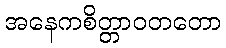
အနေကစိတ္တာဝတတော